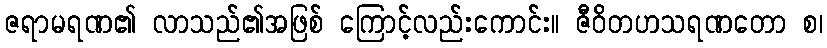
ဇရာမရဏ၏ လာသည်၏အဖြစ် ကြောင့်လည်းကောင်း။ ဇီဝိတဟသရဏတော စ၊